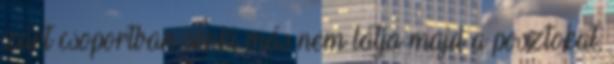
zárt csoportban senki más nem látja majd a posztokat,